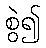
စွဲ၍